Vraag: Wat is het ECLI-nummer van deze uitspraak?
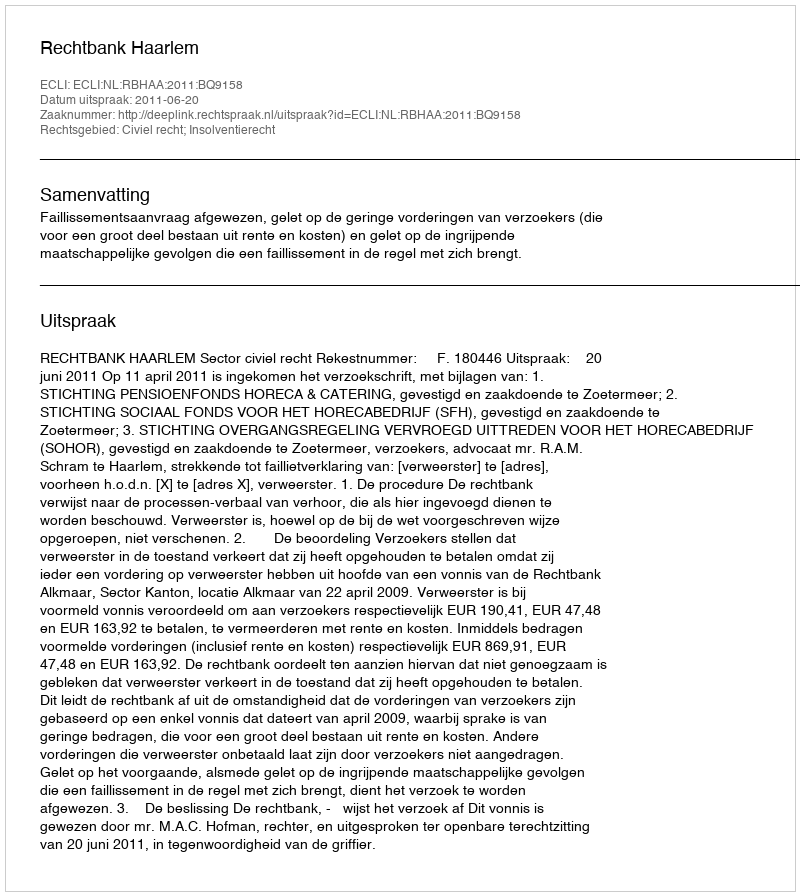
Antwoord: ECLI:NL:RBHAA:2011:BQ9158